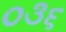
૦૩૬